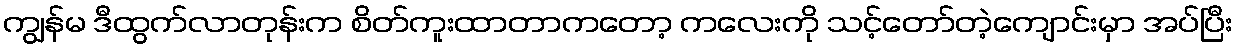
ကျွန်မ ဒီထွက်လာတုန်းက စိတ်ကူးထာတာကတော့ ကလေးကို သင့်တော်တဲ့ကျောင်းမှာ အပ်ပြီး